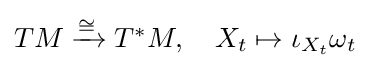
{\textstyle TM\xrightarrow {\cong } T^{*}M,\quad X_{t}\mapsto \iota _{X_{t}}\omega _{t}}